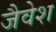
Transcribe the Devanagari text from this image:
जैवेश